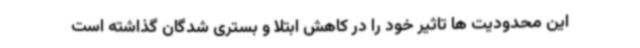
این محدودیت ها تاثیر خود را در کاهش ابتلا و بستری شدگان گذاشته است